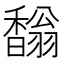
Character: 𩡓